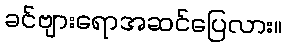
ခင်ဗျားရောအဆင်ပြေလား။